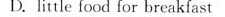
D.little food for breakfast